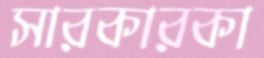
সারকারকা